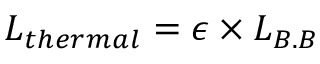
L _ { t h e r m a l } = \epsilon \times L _ { B . B }